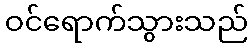
ဝင်ရောက်သွားသည်